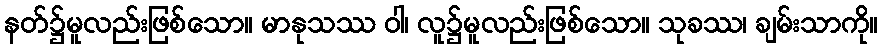
နတ်၌မူလည်းဖြစ်သော။ မာနုသဿ ဝါ၊ လူ၌မူလည်းဖြစ်သော။ သုခဿ၊ ချမ်းသာကို။